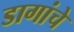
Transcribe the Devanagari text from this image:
डागांचे